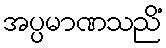
အပ္ပမာဏသညိံ